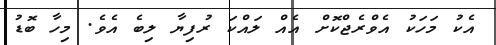
އެކު މަހަކު އެވްރެޖްކޮށް އެއް ލައްކަ ރުފިޔާ ލިބެ އެވެ. މިހާ ބޮޑު